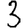
Digit: 3